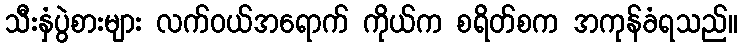
သီးနှံပွဲစားများ လက်ဝယ်အရောက် ကိုယ်က စရိတ်စက အကုန်ခံရသည်။